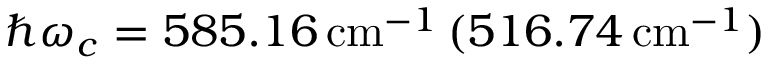
\hbar \omega _ { c } = 5 8 5 . 1 6 \, \mathrm { c m } ^ { - 1 } \, ( 5 1 6 . 7 4 \, \mathrm { c m } ^ { - 1 } )